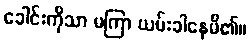
ခေါင်းကိုသာ မကြာ ယမ်းခါနေမိ၏။